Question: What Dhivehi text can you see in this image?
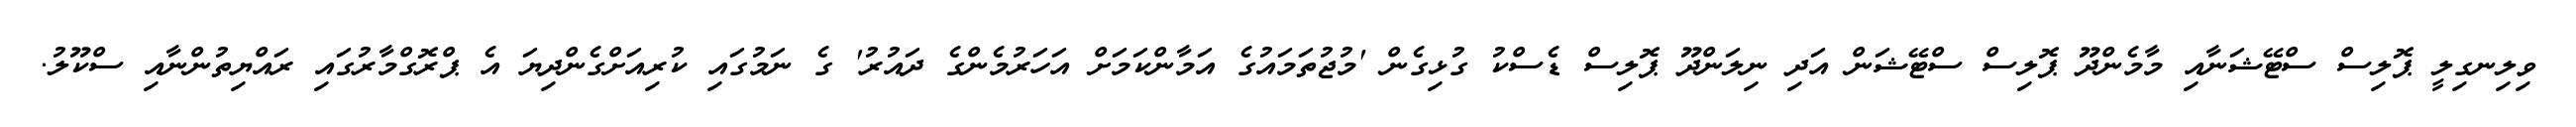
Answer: ވިލިނގިލީ ޕޮލިސް ސްޓޭޝަނާއި މާމެންދޫ ޕޮލިސް ސްޓޭޝަން އަދި ނިލަންދޫ ޕޮލިސް ޑެސްކު ގުޅިގެން 'މުޖުތަމައުގެ އަމާންކަމަށް އަހަރުމެންގެ ދައުރު' ގެ ނަމުގައި ކުރިއަށްގެންދިޔަ އެ ޕްރޮގްމާރުގައި ރައްޔިތުންނާއި ސްކޫލު.